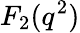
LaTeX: F_{2}(q^{2})